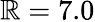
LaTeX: \mathbb{R}=7.0